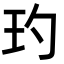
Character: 玓